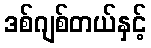
ဒစ်ဂျစ်တယ်နှင့်